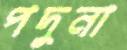
পদুনা